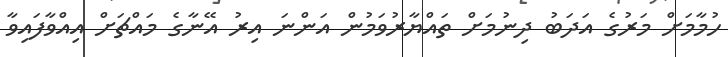
ހުމާމަށް މަރުގެ އަދަބު ދިނުމަށް ތައްޔާރުވަމުން އަންނަ އިރު އޭނާގެ މައްޗަށް އިއްވާފައިވާ